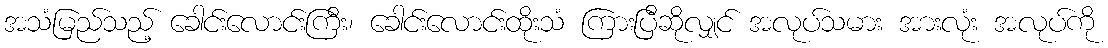
အသံမြည်သည့် ခေါင်းလောင်းကြီး၊ ခေါင်းလောင်းထိုးသံ ကြားပြီဆိုလျှင် အလုပ်သမား အားလုံး အလုပ်ကို